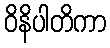
ဝိနိပါတိကာ